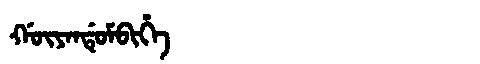
Manchu: ᡤᡡᠶᠠᠨᡩᡠᠮᠪᡳᡥᡝ
Romanization: GŪYANDUMBIHE